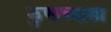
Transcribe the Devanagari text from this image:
कुणाच्याशा